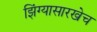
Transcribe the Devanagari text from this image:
झिंग्यासारखेच